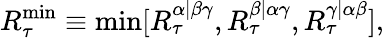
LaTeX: R_{\tau}^{\mathrm{min}}\equiv\mathrm{min}[R_{\tau}^{\alpha|\beta\gamma},R_{\tau}^{\beta|\alpha\gamma},R_{\tau}^{\gamma|\alpha\beta}],